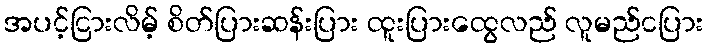
အပင့်ငြားလိမ့် စိတ်ပြားဆန်းပြား ထူးပြားထွေလည် လူမည်ငပြား